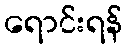
ရောင်းရန်